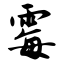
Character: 霉